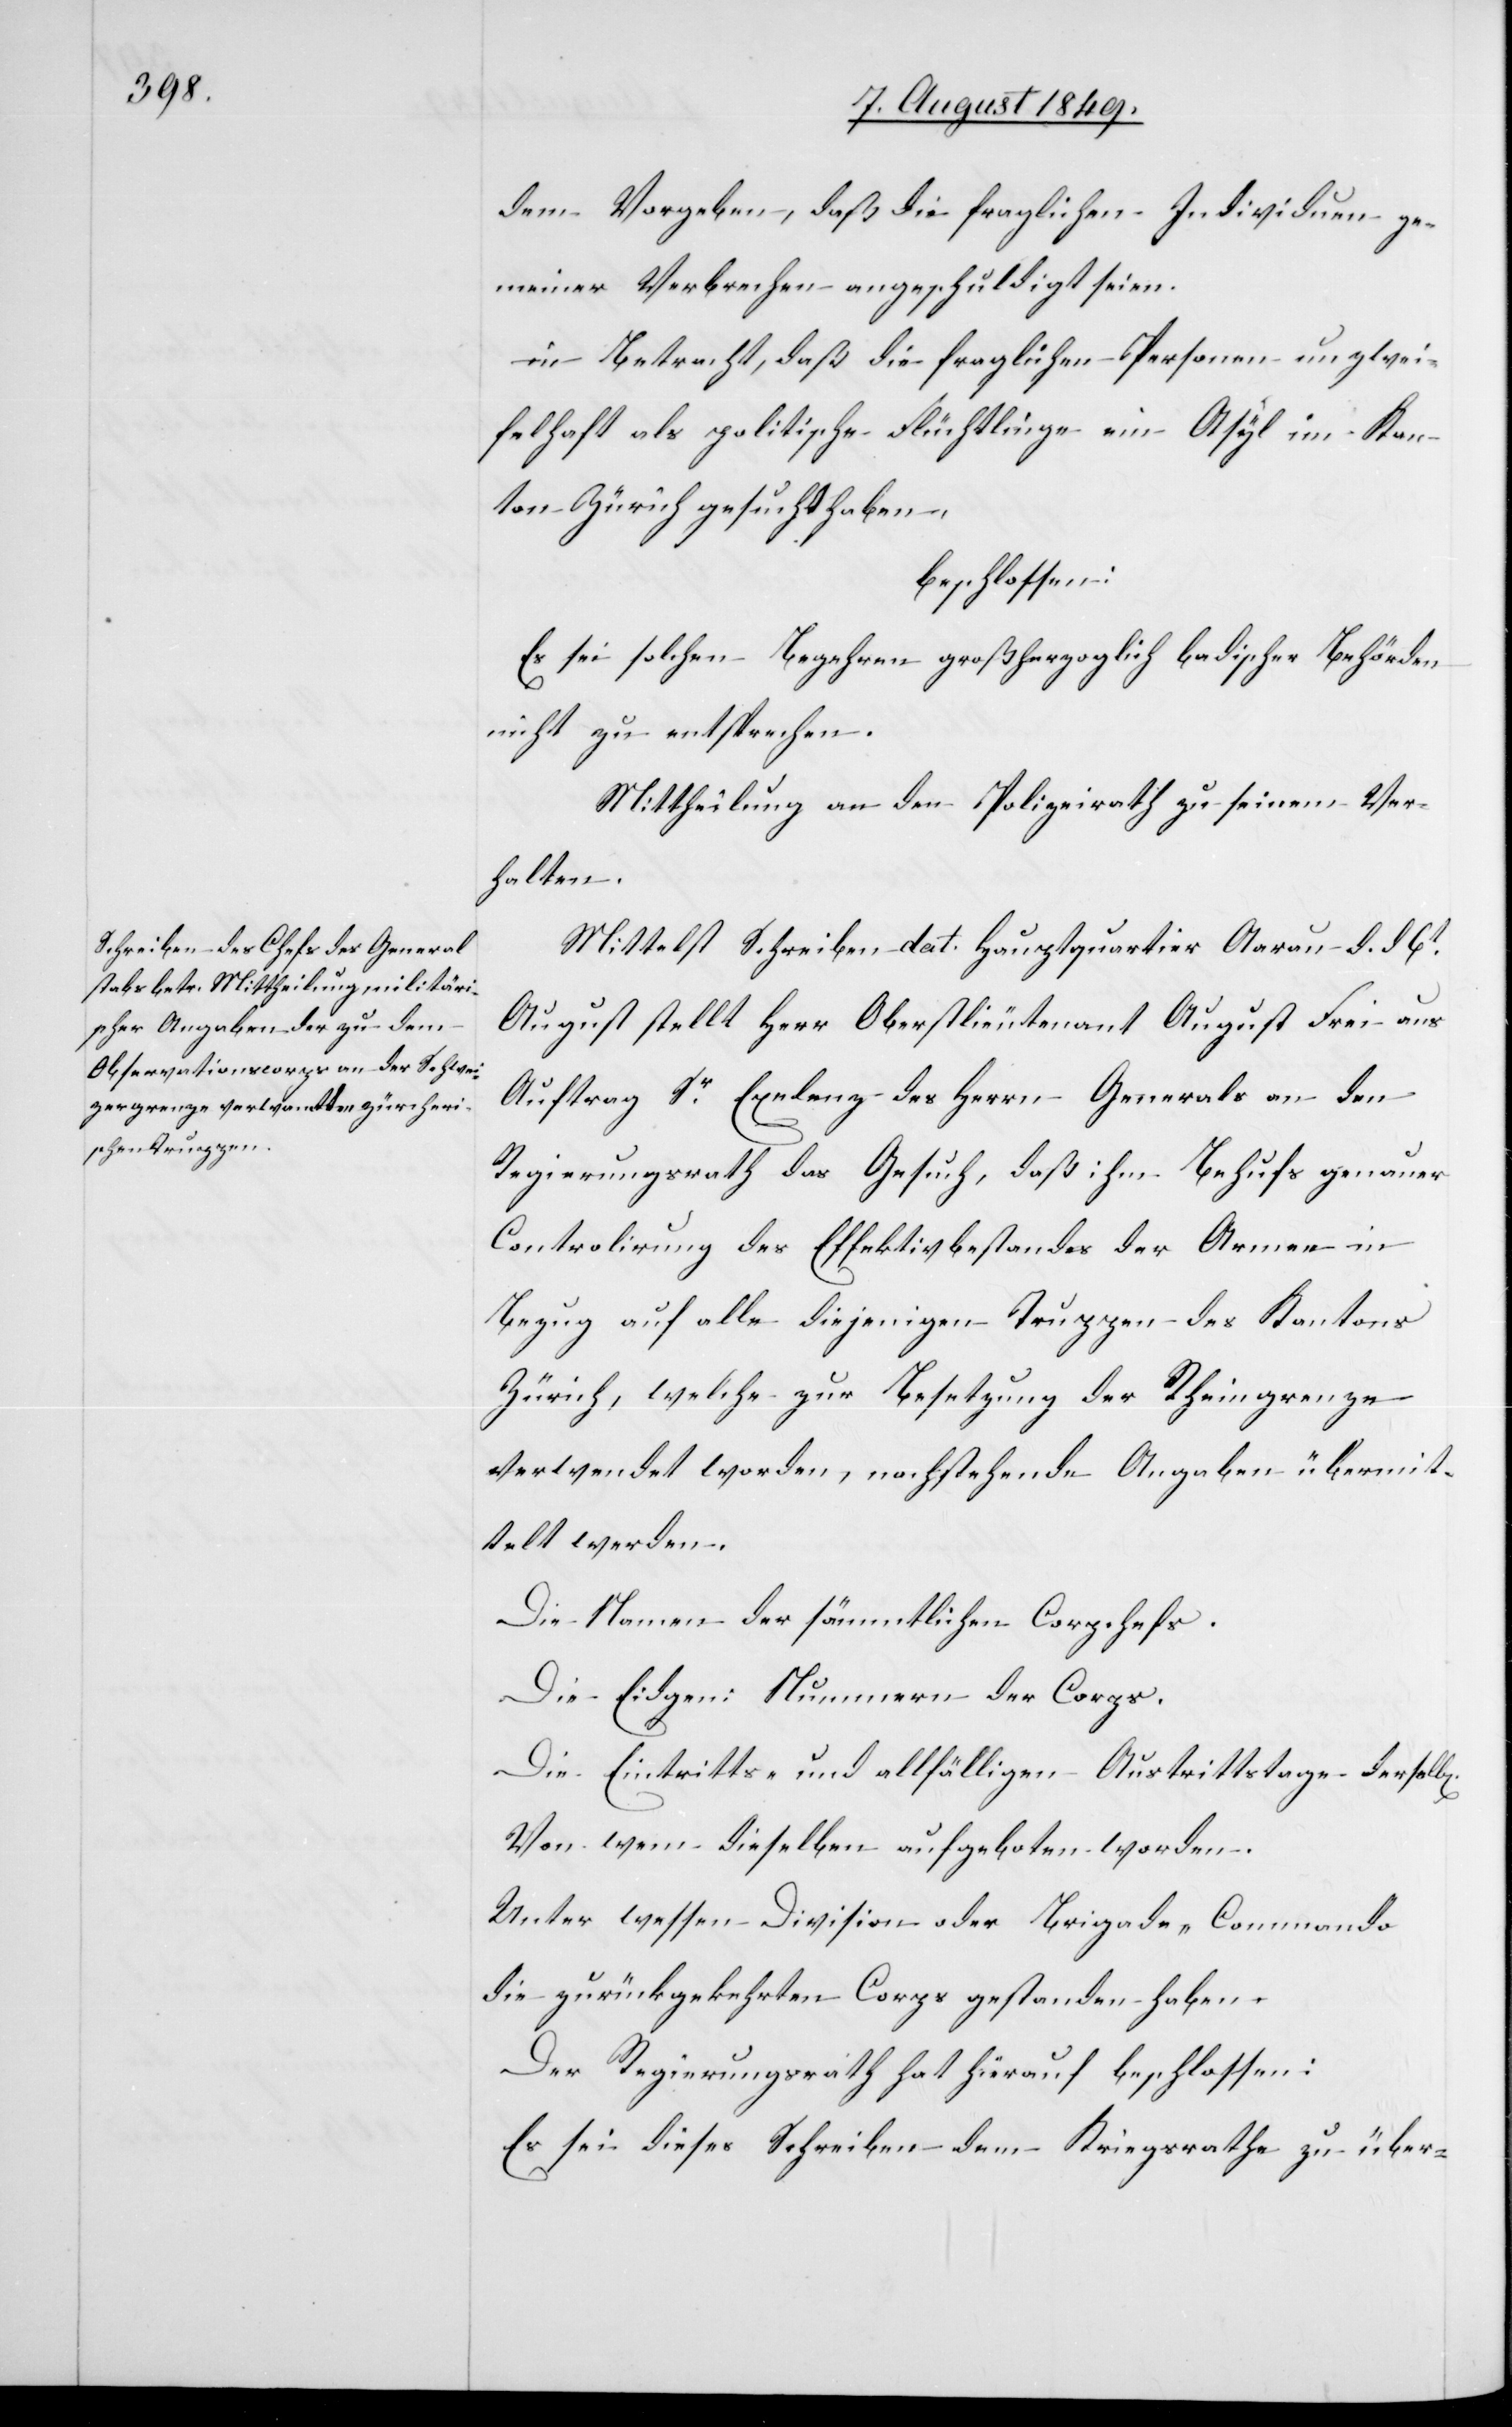
dem Vorgeben, daß die fraglichen Individuen ge¬
meiner Verbrechen angeschuldigt seien.
in Betracht, daß die fraglichen Personen unzwei¬
felhaft als politische Flüchtlinge ein Asyl im Kan¬
ton Zürich gesucht haben,
beschlossen:
Es sei solchen Begehren großherzoglich badischer Behörden
nicht zu entsprechen.
Mittheilung an den Polizeirath zu seinem Ver¬
halten.
Mittelst Schreiben dat. Hauptquartier Aarau d. d. 6t
August stellt Herr Oberstlieutenant August Frei aus
Auftrag Sr Ex[c]elenz des Herrn Generals an den
Regierungsrath das Gesuch, daß ihm Behufs genauer
Controlirung des Effektivbestandes der Armee in
Bezug auf alle diejenigen Truppen des Kantons
Zürich, welche zur Besetzung der Rheingrenze
verwendet worden, nachstehende Angaben übermit¬
telt werden.
Die Namen der sämmtlichen Corpchefs.
Die Eidgen: Nummern der Corps.
Die Eintritts- und allfälligen Austrittstage der
Von wenn dieselben aufgeboten worden.
Unter wessen Division oder Brigade-Commando
die zurückgekehrten Corps gestanden haben.
Der Regierungsrath hat hierauf beschlossen:
Es sei dieses Schreiben dem Kriegsrathe zu über-